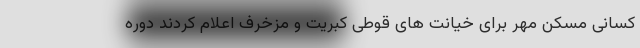
کسانی مسکن مهر برای خیانت های قوطی کبریت و مزخرف اعلام کردند دوره